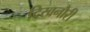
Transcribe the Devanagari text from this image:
दिखनौरी